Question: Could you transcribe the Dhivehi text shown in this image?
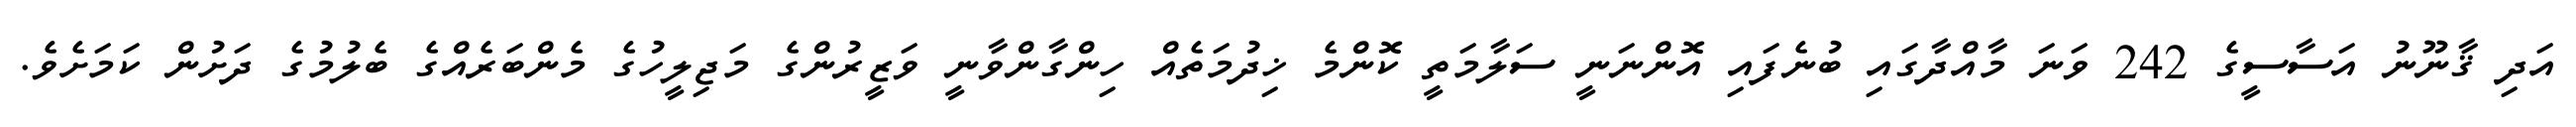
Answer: އަދި ޤާނޫނު އަސާސީގެ 242 ވަނަ މާއްދާގައި ބުނެފައި އޮންނަނީ ސަލާމަތީ ކޮންމެ ޚިދުމަތެއް ހިންގާންވާނީ ވަޒީރުންގެ މަޖިލީހުގެ މެންބަރެއްގެ ބެލުމުގެ ދަށުން ކަމަށެވެ.